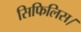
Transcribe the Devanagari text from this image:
सिफिलिस।